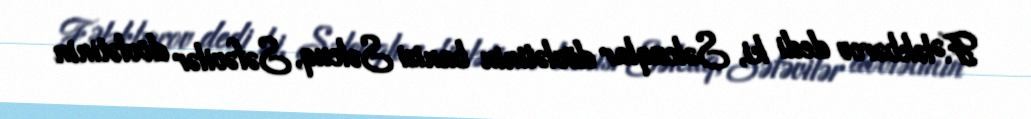
F.Ələkbərov dedi ki, Səlcuqlar dövlətinin banisi Səlcuq, Səfəvilər dövlətinin